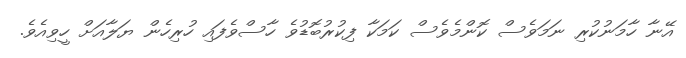
އޭނާ ހާމަނުކުރި ނަމަވެސް ކޮންމެވެސް ކަމަކާ ފިކުރުބޮޑުވެ ހާސްވެފައި ހުރިހެން ޔަލާއަށް ހީވިއެވެ.